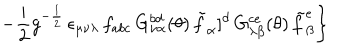
\left. - \frac { i } { 2 } g ^ { - \frac { 1 } { 2 } } \, \epsilon _ { \mu \nu \lambda } \, f _ { a b c } \, G _ { \nu \alpha } ^ { b d } ( \theta ) \, { \tilde { f } } _ { \alpha } ] ^ { d } \, G _ { \lambda \beta } ^ { c e } ( \theta ) \, { \tilde { f } } _ { \beta } ^ { e } \right\}